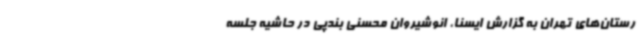
رستان‌های تهران به گزارش ایسنا، انوشیروان محسنی بندپی در حاشیه جلسه